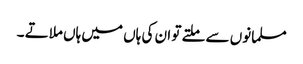
مسلمانوں سے ملتے تو ان کی ہاں میں ہاں ملاتے ۔